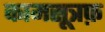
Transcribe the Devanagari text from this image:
कामसूत्रफ़